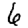
Digit: 6